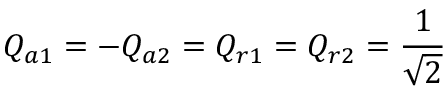
Q _ { a 1 } = - Q _ { a 2 } = Q _ { r 1 } = Q _ { r 2 } = { \frac { 1 } { \sqrt { 2 } } }